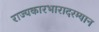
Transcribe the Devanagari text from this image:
राज्यकारभारादरम्यान